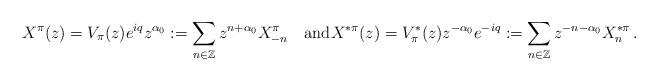
LaTeX: \begin{align*}X^\pi(z) = V_\pi(z) e^{iq} z^{\alpha_0}:= \sum_{n\in {\mathbb Z}} z^{n+{\alpha_0}} X^\pi_{-n} \quad\mbox{and}X^{*\pi}(z) = V_\pi^*(z) z^{-\alpha_0}e^{-iq}:= \sum_{n\in {\mathbb Z}} z^{-n-{\alpha_0}} X^{*\pi}_{{n}}\,. \end{align*}